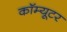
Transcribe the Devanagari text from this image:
कॉम्यूटर